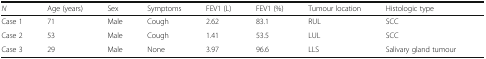
<table><thead><tr><td><b><i>N</i></b></td><td><b>Age (years)</b></td><td><b>Sex</b></td><td><b>Symptoms</b></td><td><b>FEV1 (L)</b></td><td><b>FEV1 (%)</b></td><td><b>Tumour location</b></td><td><b>Histologic type</b></td><td></td></tr></thead><tbody><tr><td>Case 1</td><td>71</td><td>Male</td><td>Cough</td><td>2.62</td><td>83.1</td><td>RUL</td><td>SCC</td><td></td></tr><tr><td>Case 2</td><td>53</td><td>Male</td><td>Cough</td><td>1.41</td><td>53.5</td><td>LUL</td><td>SCC</td><td></td></tr><tr><td>Case 3</td><td>29</td><td>Male</td><td>None</td><td>3.97</td><td>96.6</td><td>LLS</td><td>Salivary gland tumour</td><td></td></tr></tbody></table>